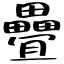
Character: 疊